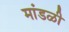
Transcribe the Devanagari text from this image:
मांडळी